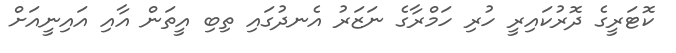
ކޮޓަރީގެ ދޮރުކައިރީ ހުރި ހަމްރާގެ ނަޒަރު އެނދުގައި ތިބި އީތަން އާއި އައިނީއަށް